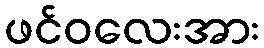
ဖင်ဝလေးအား